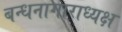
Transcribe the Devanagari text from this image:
बन्धनागाराध्यक्ष